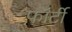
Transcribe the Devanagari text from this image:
फ़ॉर्टी